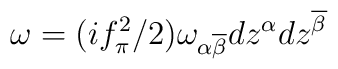
\omega = (i f_\pi^2/2) \omega_{\alpha\overline{\beta}}   dz^\alpha dz^{\overline{\beta}}